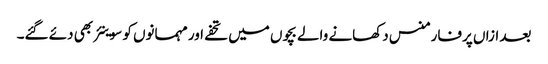
بعد ازاں پرفارمنس دکھانے والے بچوں میں تحفے اور مہمانوں کو سوینئر بھی دئے گئے۔